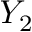
Y _ { 2 }